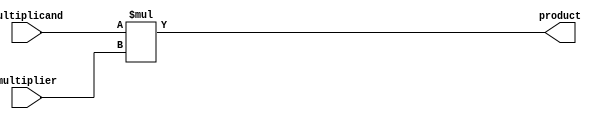
module unsigned_multiplier (
    input [31:0] multiplicand,
    input [31:0] multiplier,
    output [63:0] product
);

reg [63:0] accumulator;

// Multiplier unit
always @(*) begin
    accumulator = multiplicand * multiplier;
end

// Output bus
assign product = accumulator;

endmodule